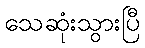
သေဆုံးသွားပြီ